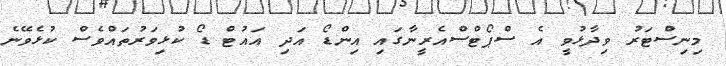
މިނިސްޓަރު ވިދާޅުވީ އެ ސްޕޯޓްސްއެރީނާގައި އިންޑޯ އަދި އައުޓް ޑޯ ކުޅިވަރުތައްވެސް ކުޅެވޭނެ